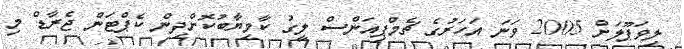
ލިވަޕޫލަށް 2005 ވަނަ އަހަރުގެ ޗެމްޕިއަންސް ލީގު ކާމިޔާބުކޮށްދިން ކެޕްޓަން ޖެރާޑް މި